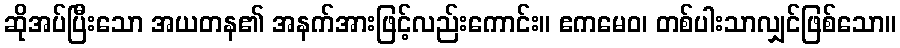
ဆိုအပ်ပြီးသော အယတန၏ အနက်အားဖြင့်လည်းကောင်း။ ဧကမေဝ၊ တစ်ပါးသာလျှင်ဖြစ်သော။